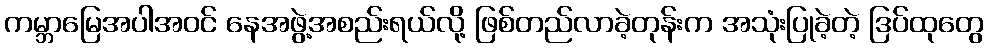
ကမ္ဘာမြေအပါအဝင် နေအဖွဲ့အစည်းရယ်လို့ ဖြစ်တည်လာခဲ့တုန်းက အသုံးပြုခဲ့တဲ့ ဒြပ်ထုတွေ